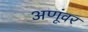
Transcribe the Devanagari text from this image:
अणूंवर